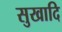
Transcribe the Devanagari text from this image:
सुखादि